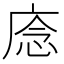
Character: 𢈸